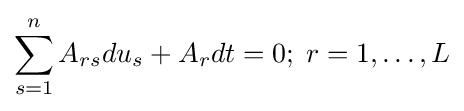
\sum _{s=1}^{n}A_{rs}du_{s}+A_{r}dt=0;\;r=1,\ldots ,L